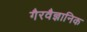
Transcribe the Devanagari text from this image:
गैरवैज्ञानिक